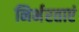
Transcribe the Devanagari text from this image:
निर्भरताएं